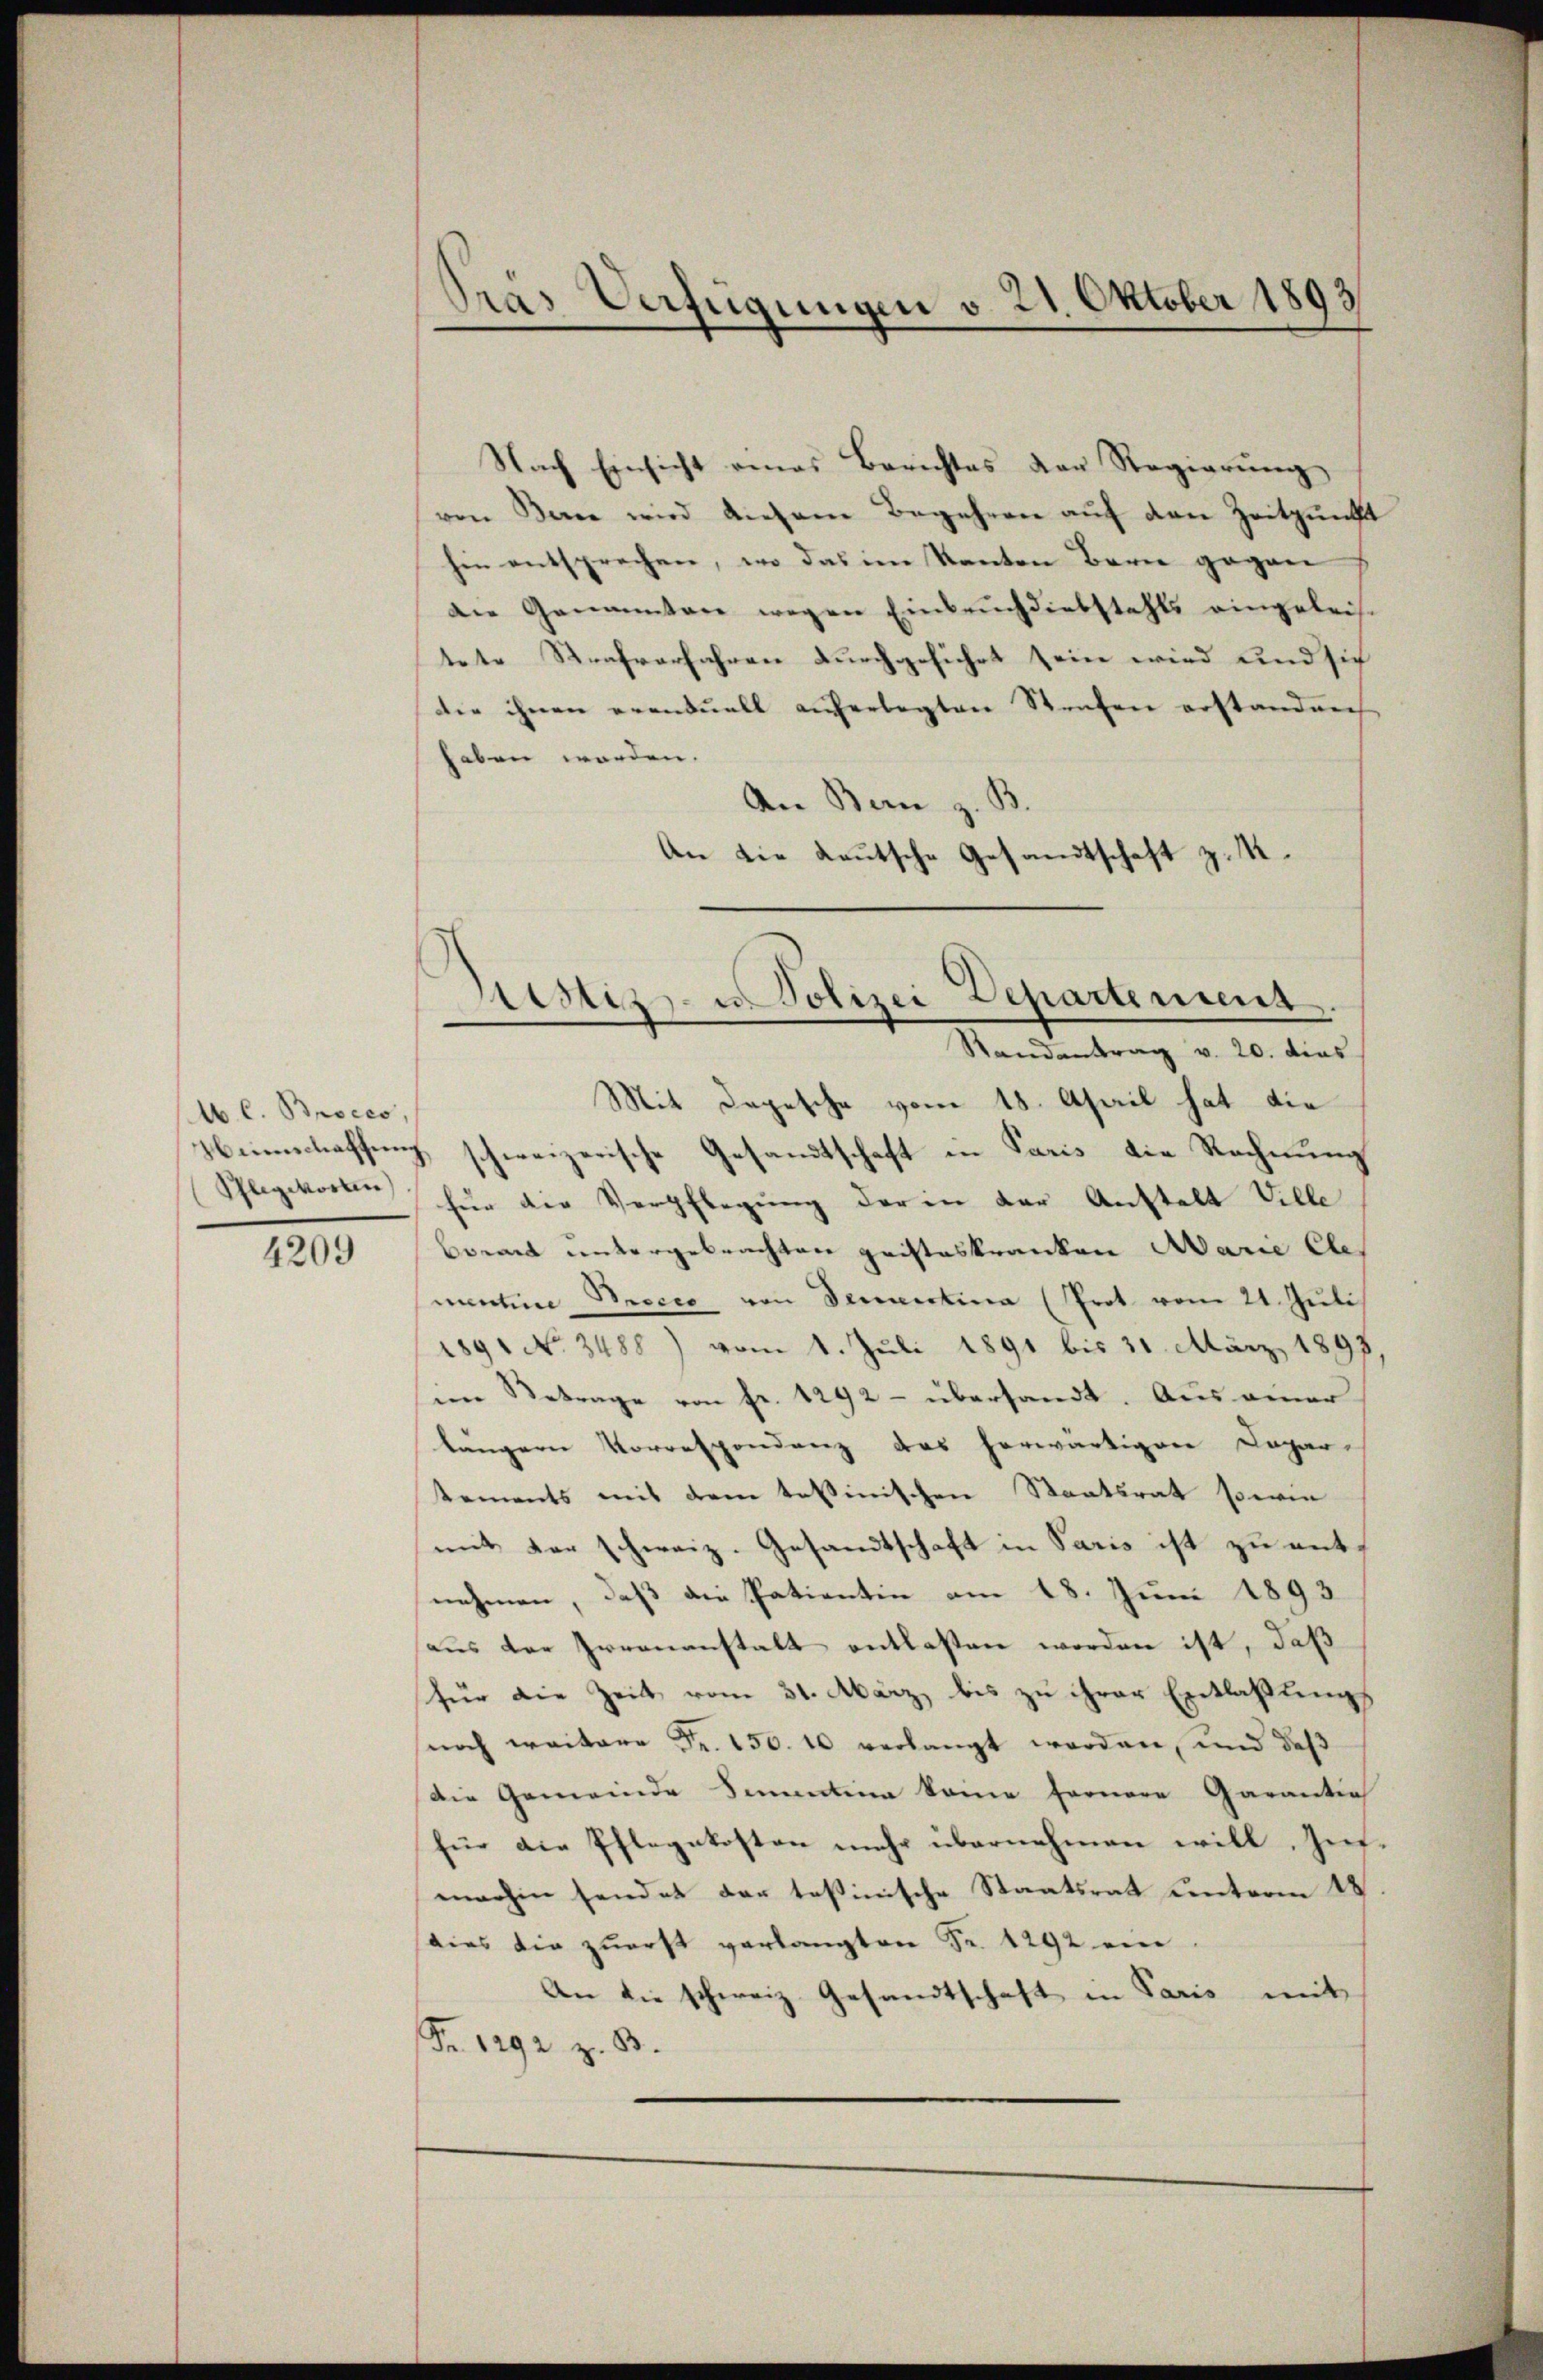
1 l. Brocco,
Schlegworten

4209

Gras Verfügungen v. 21. Oktober 1893

Nach Einsicht eines Berichtes der Regierŭng
ven Berne wird diesem Begehren auf den Zeitpunkt
hin entsprechen, wo das im Kanton Bern gegen
die Genannten wegen Einbruch diebstahls eingeleistete Strafverfahren durchgeführt sein wird und sich
Die ihnen erenduell auferlegten Strafen erstandrech
haben worden.
An Bern z. B
An die Leutsche Gesandtschaft z. R.
Bestitz- u. Polizei Departement

Mit Depesche vom 18. April hat die
Neinschaffung schweizerische Gesandtschaft in Paris die Rechnung
für die Verpflegung der in der Anstalt Ville
brennt untergebrachten geisteskranken Marie Ele
mentine Precco von dennertina (Prot vom 21. Juli
1891 No 3488) vom 1. Juli 1891 bis 31. März 1893
im Betrage von fr. 1292 - übersandt. Auseiner
längern Korrespondenz das herwärtigen Depar-
tements mit dem tessinischen Staatsrat sowie
mit der schweiz. Gesandtschaft in Paris ist zu mit
nehmen, daß die Patientin am 18. Juni 1893
aus der Irrenanstalt entlasten worden ist, daß
für die Zeit vom 31. März, bis zu ihrer Entlaßungs
suoch weitere Fr. 150. 10 verlangt worden, und daß
Die Gemeinde Sementin keine fernere Garantia
für die Pflegekosten mehr übernehmen will. Inmerhin sendet der tessinische Staatsrat unterm 18
dies die zuerst verlangten Fr. 1292 ein.
An die schweiz. Gesandtschaft in Paris mit
Fr. 1292 z. B

Randantrag v. 20. dies